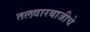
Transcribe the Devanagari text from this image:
तलवारबाजीचे